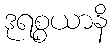
ဒုရစ္စယာနိ